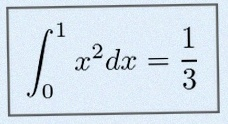
\int_0^1 x^2dx=\frac13